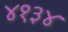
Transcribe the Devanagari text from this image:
४१३४